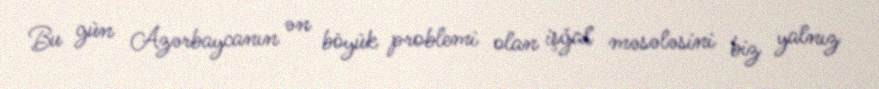
Bu gün Azərbaycanın ən böyük problemi olan işğal məsələsini biz yalnız